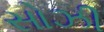
સોઝી